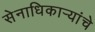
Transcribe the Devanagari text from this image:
सेनाधिकाऱ्यांचे